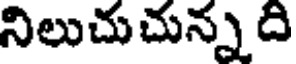
నిలుచుచున్న ది